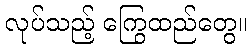
လုပ်သည့် ကြွေထည်တွေ။